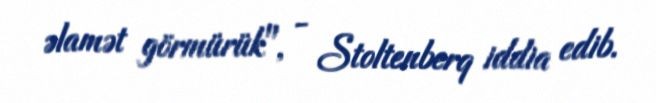
əlamət görmürük", - Stoltenberq iddia edib.